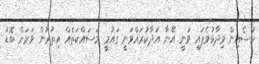
ހުސެއިން ވިދާޅުވެފައި ވަނީ އޭނާ އަދާކުރައްވަނީ ގައުމީ މަސައްކަތެއް އިތުރުން ވަރަށް ބޮޑު